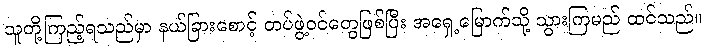
သူတို့ကြည့်ရသည်မှာ နယ်ခြားစောင့် တပ်ဖွဲ့ဝင်တွေဖြစ်ပြီး အရှေ့မြောက်သို့ သွားကြမည် ထင်သည်။